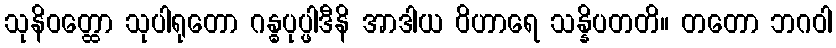
သုနိဝတ္ထော သုပါရုတော ဂန္ဓပုပ္ဖါဒီနိ အာဒါယ ဝိဟာရေ သန္နိပတတိ။ တတော ဘဂဝါ